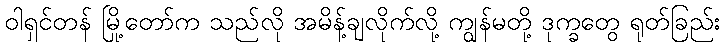
ဝါရှင်တန် မြို့တော်က သည်လို အမိန့်ချလိုက်လို့ ကျွန်မတို့ ဒုက္ခတွေ ရုတ်ခြည်း